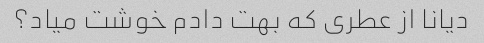
دیانا از عطری که بهت دادم خوشت میاد؟